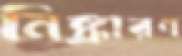
নিষ্কারণ